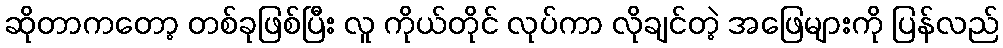
ဆိုတာကတော့ တစ်ခုဖြစ်ပြီး လူ ကိုယ်တိုင် လုပ်ကာ လိုချင်တဲ့ အဖြေများကို ပြန်လည်